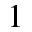
1